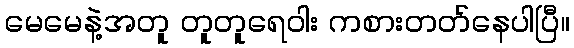
မေမေနဲ့အတူ တူတူရေဝါး ကစားတတ်နေပါပြီ။